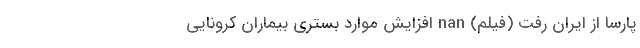
پارسا از ایران رفت (فیلم) nan افزایش مواردِ بستریِ بیماران کرونایی